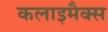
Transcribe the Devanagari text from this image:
कलाइमैक्स